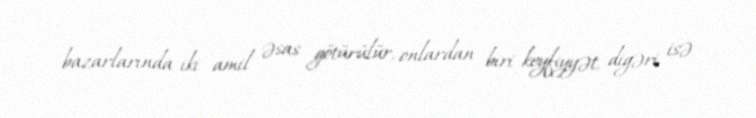
bazarlarında iki amil əsas götürülür, onlardan biri keyfiyyət, digəri isə